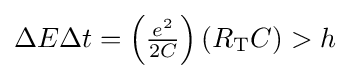
\Delta E\Delta t=\left({\tfrac {e^{2}}{2C}}\right)(R_{\rm {T}}C)>h